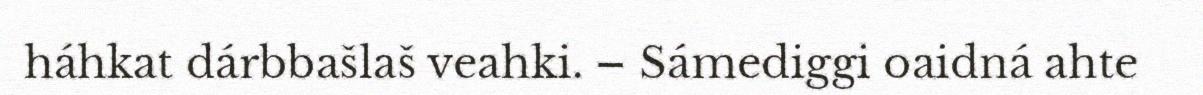
háhkat dárbbašlaš veahki. – Sámediggi oaidná ahte